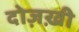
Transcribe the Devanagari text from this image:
दोज़ख़ी